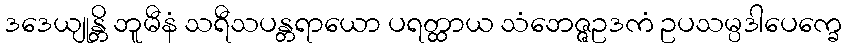
ဒဒေယျုန္တိ ဘူမီနံ သရီသပန္တရာယော ပရတ္ထာယ သံဘေဇ္ဇဥဒကံ ဥပသမ္ပဒါပေက္ခေ